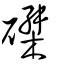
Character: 磔